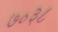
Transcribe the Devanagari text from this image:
७०३८